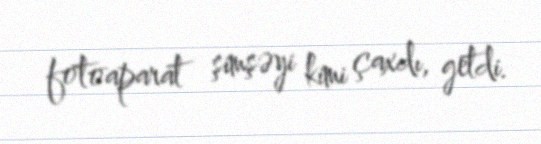
fotoaparat şimşəyi kimi çaxdı, getdi.